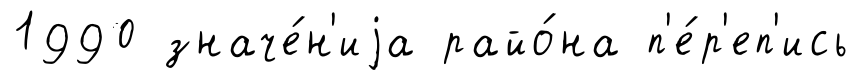
1990 значе́н'иjа райо́на п'е́р'еп'ись